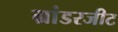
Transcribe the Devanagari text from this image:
ग्रांडरजीट